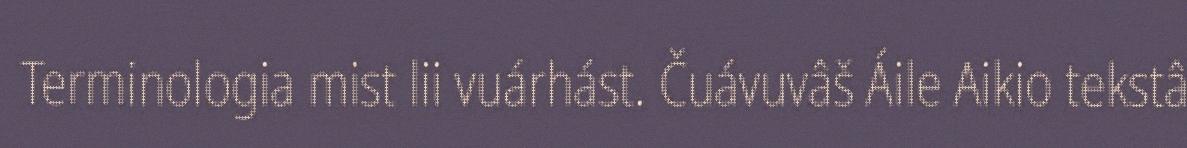
Terminologia mist lii vuárhást. Čuávuvâš Áile Aikio tekstâ